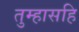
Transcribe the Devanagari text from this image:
तुम्हासहि